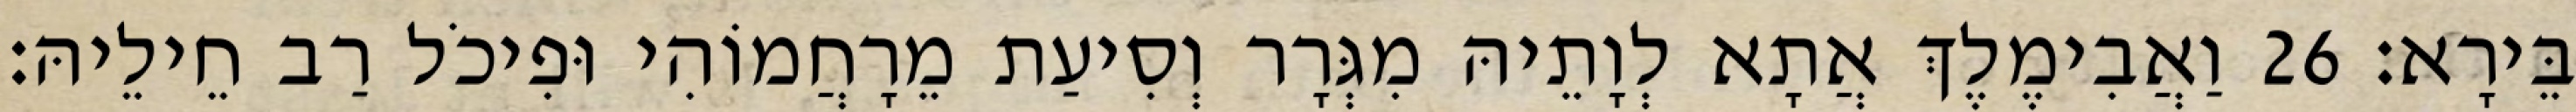
בֵּירָא׃ 26 וַאֲבִימֶלֶךְ אֲתָא לְוָתֵיהּ מִגְּרָר וְסִיעַת מֵרָחֲמוֹהִי וּפִיכֹל רַב חֵילֵיהּ׃